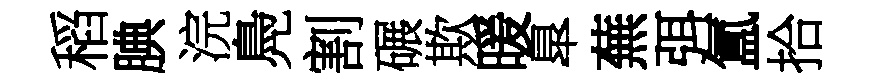
稻腆浣鳧割碾欺暖臯蕪弭氲拾